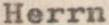
Herrn